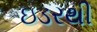
ઇડરથી